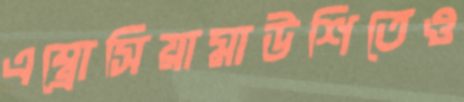
এম্ব্রোসিয়ামাউশিতেও